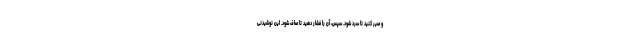
و صبر کنید تا سرد شود. سپس، آن را فشار دهید تا صاف شود. این نوشیدنی